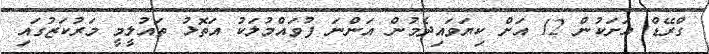
ގްރޭޑް އަށަކުން 12 އަށް ކިޔަވައިދެމުން އަންނަ ފުވައްމުލަކު އަތޮޅު ތައުލީމީ މަރުކަޒުގައި